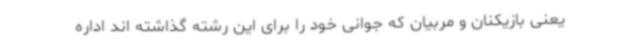
یعنی بازیکنان و مربیان که جوانی خود را برای این رشته گذاشته اند اداره